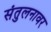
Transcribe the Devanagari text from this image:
संतुलनावर